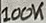
Text: 100K